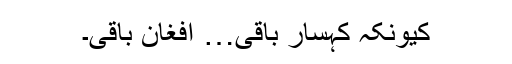
کیونکہ کہسار باقی… افغان باقی۔